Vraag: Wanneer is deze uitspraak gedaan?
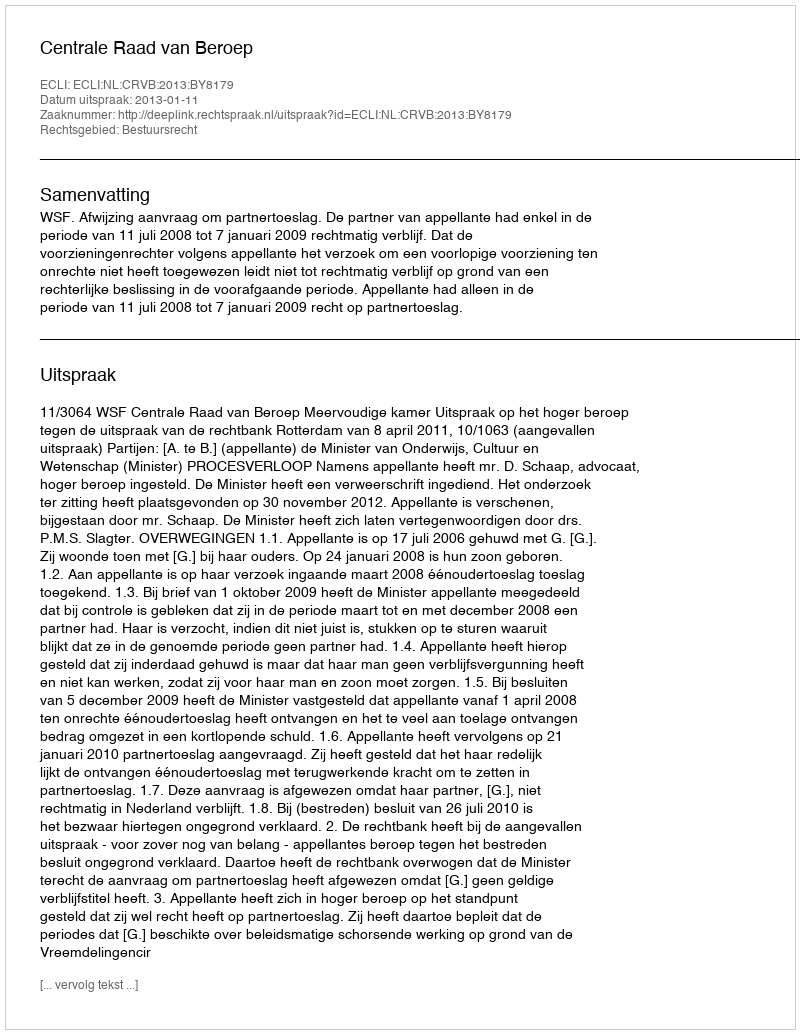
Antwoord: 2013-01-11